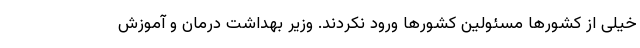
خیلی از کشور‌ها مسئولین کشور‌ها ورود نکردند. وزیر بهداشت درمان و آموزش